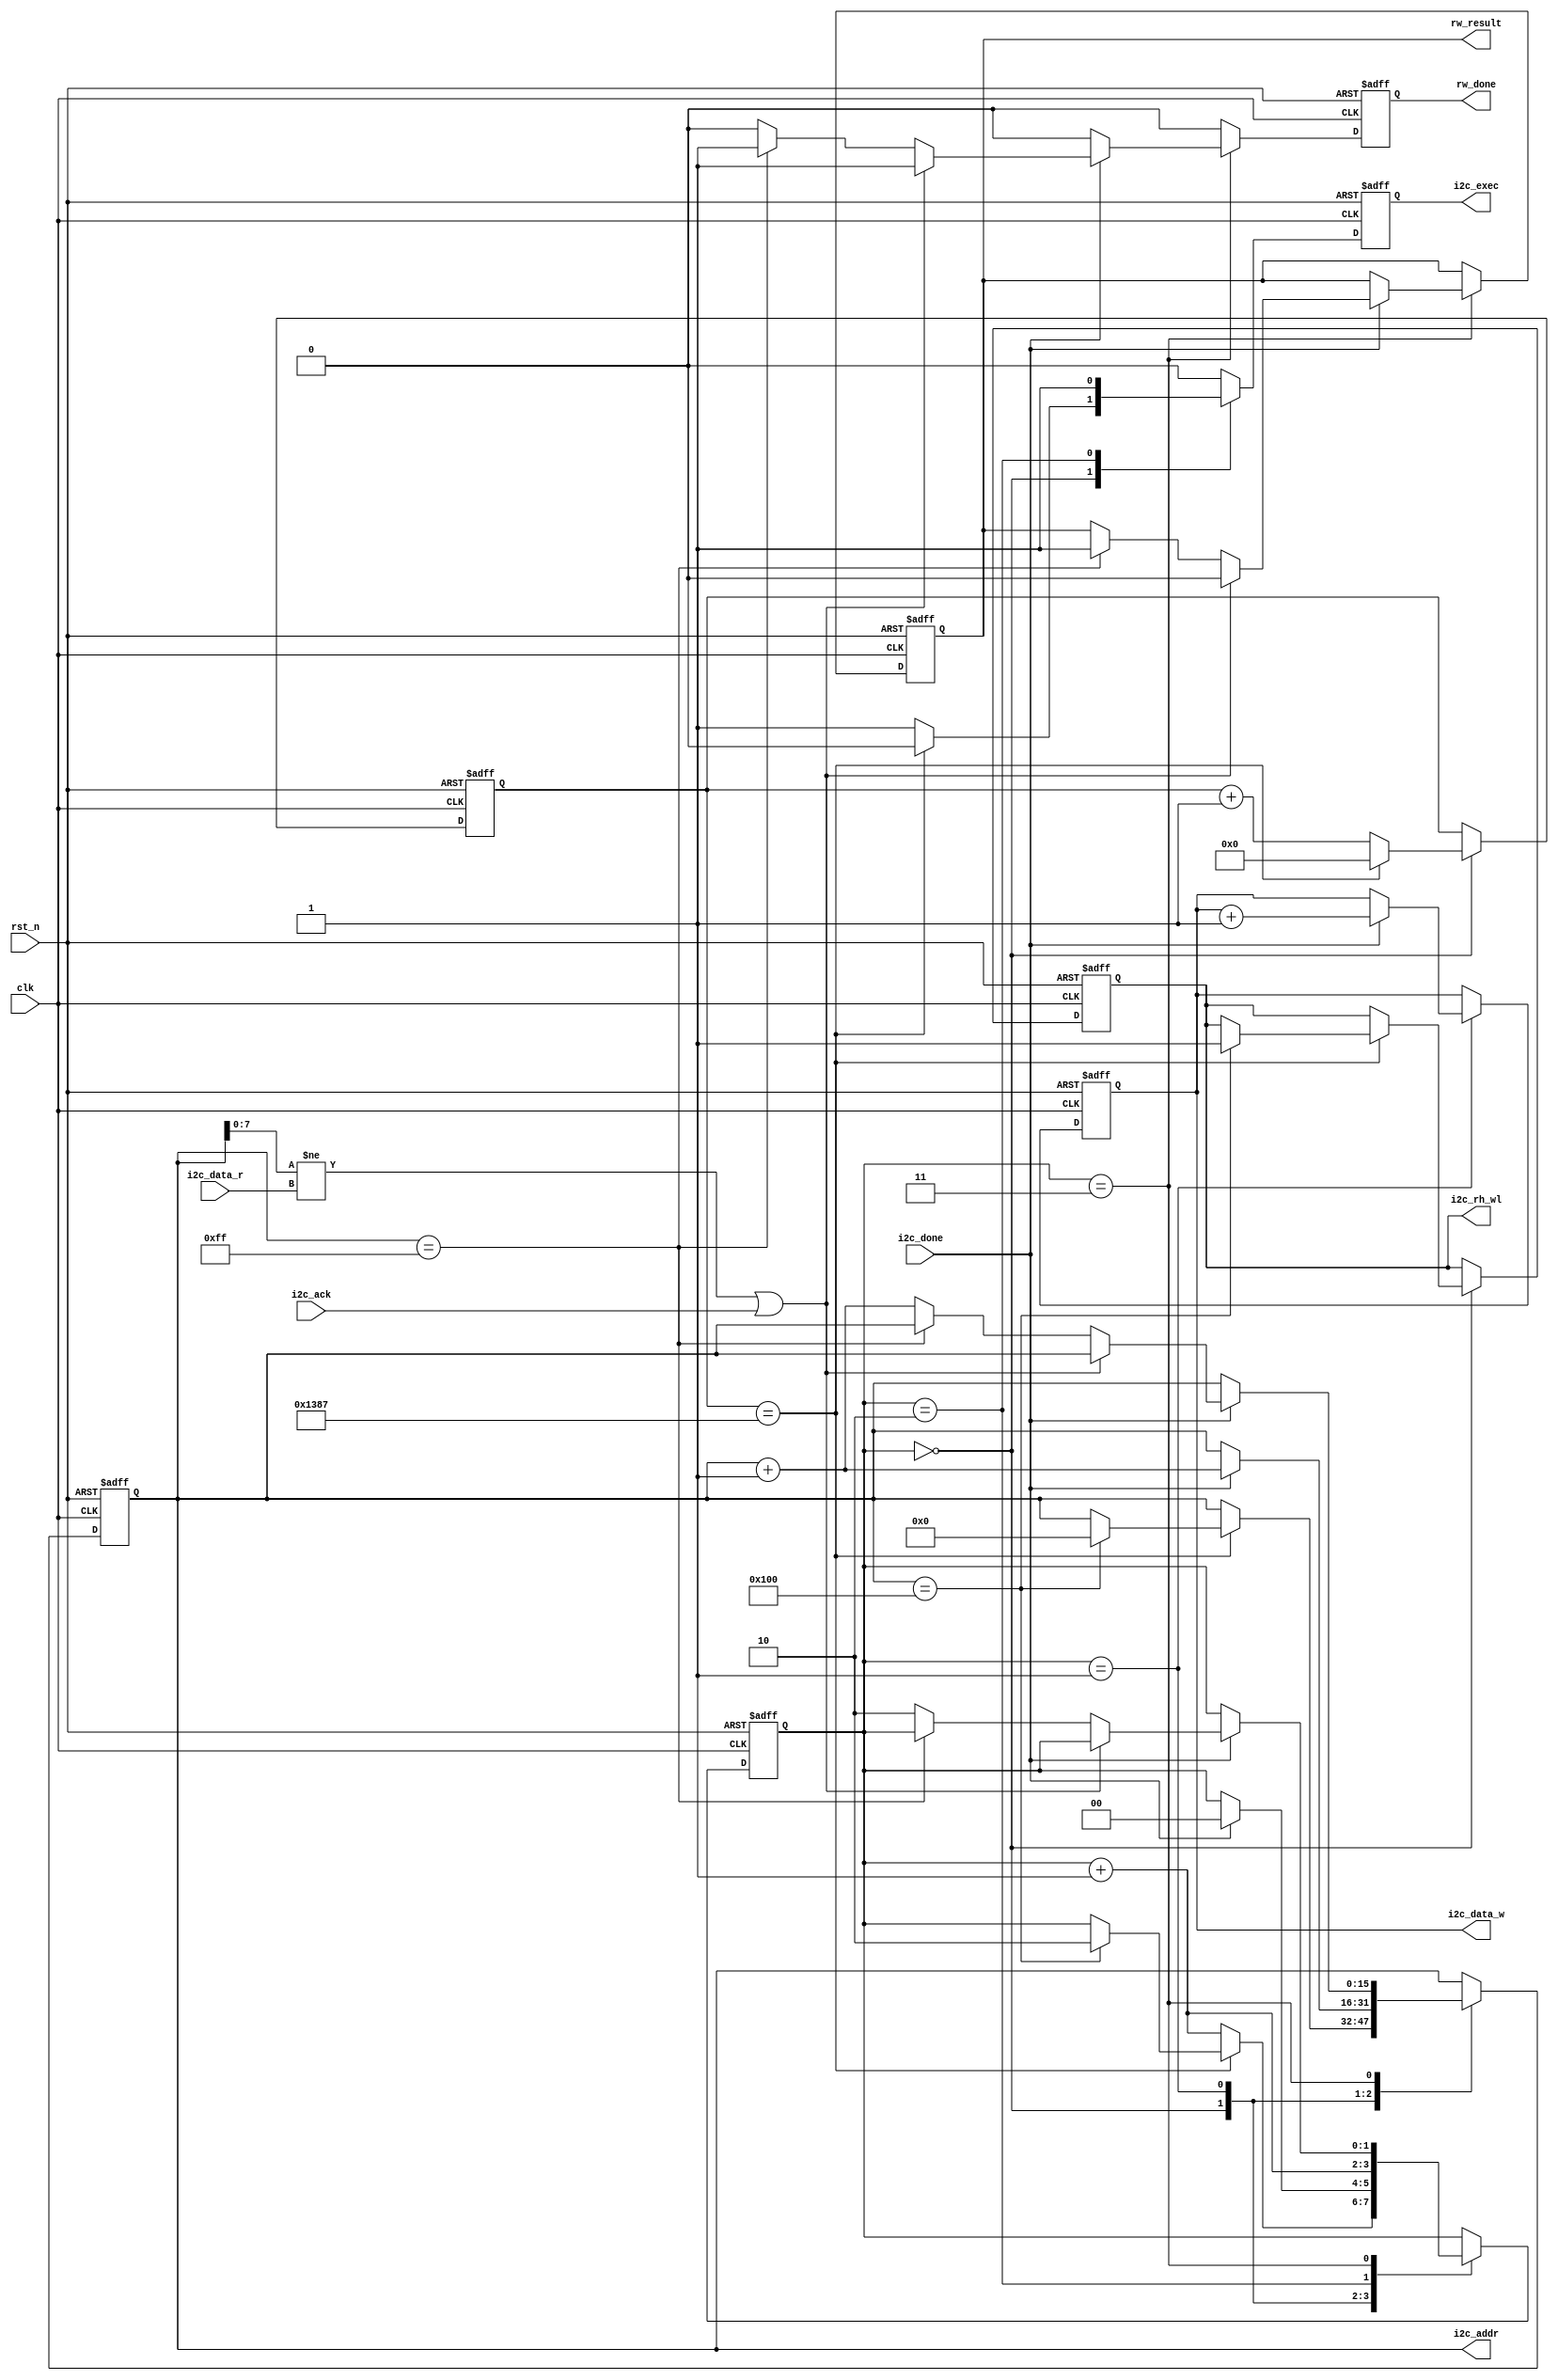
module e2prom_rw(
    input                 clk        , //
    input                 rst_n      , //
	 
	output  reg          i2c_exec   ,  //I2C
    output  reg          i2c_rh_wl  ,  //I2C
    output  reg   [15:0] i2c_addr   ,  //I2C
    output  reg  [ 7:0]  i2c_data_w ,  //I2C
    input		  [ 7:0] i2c_data_r ,  //I2C
    input         		 i2c_done   ,  //I2C
    input         		 i2c_ack    ,  //I2C 0: 1:
	
	//user interface
    output   reg          rw_done    , //E2PROM
    output   reg          rw_result    //E2PROM 0: 1:
	);
	
	
	
	//parameter define
	//EEPROM,
	parameter      WR_WAIT_TIME = 14'd5000; //
	parameter      MAX_BYTE     = 16'd256 ; //

	//reg define
	reg   [1:0]    flow_cnt  ; //
	reg   [13:0]   wait_cnt  ; //
	
	
		always @(posedge clk or negedge rst_n) begin
		if(!rst_n) begin
		     i2c_exec  <= 1'b0;
			 i2c_rh_wl <= 1'b0;   // 0
			 i2c_addr  <= 16'b0;
			 i2c_data_w <= 8'b0;
			 flow_cnt   <= 2'b0;
			 wait_cnt  <= 14'b0;
			 rw_done   <= 1'b0;
			 rw_result <= 1'b0;
		end
		else begin 
		       i2c_exec <= 1'b0;   //
               rw_done <= 1'b0;  
				case(flow_cnt)
				2'd0:begin
				      wait_cnt <= wait_cnt + 1'b1 ;
				      if(wait_cnt == WR_WAIT_TIME - 1'b1)begin
					       wait_cnt <= 0 ;
						   if(i2c_addr == MAX_BYTE)begin
						     flow_cnt <= 2'd2 ;
							 i2c_addr <= 1'b0;
							 i2c_rh_wl <= 1'b1;   //to read
							 end
						 end
					  else begin
					       flow_cnt <= flow_cnt + 1'b1 ;
						   i2c_exec <= 1'b1 ;
					  end
				end
				2'd1:begin
				     if(i2c_done)begin
							i2c_addr  <= i2c_addr + 1'b1  ;    //0~255
							i2c_data_w <= i2c_data_w + 1'b1  ;  //0~255
							flow_cnt <= 2'd0 ;
					end
				end
				2'd2:begin
				    flow_cnt <= flow_cnt + 1'b1;
                    i2c_exec <= 1'b1;  
				end
				2'd3:begin
					 if(i2c_done)begin
						 if((i2c_addr[7:0]!= i2c_data_r)||(i2c_ack == 1'b1))
						    begin rw_done   <= 1'b1;
							rw_result <= 1'b0;  end
						else if(i2c_addr == MAX_BYTE - 1'b1) //
							begin rw_done   <= 1'b1;
							rw_result <= 1'b1;  end
						else begin
						    flow_cnt <= 2'd2;
							i2c_addr <= i2c_addr + 1'b1;
						  end
					end
				end
		
				default : ;
               endcase    
		end
	 end
	 
endmodule